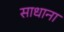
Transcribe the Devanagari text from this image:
साधाना